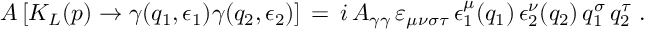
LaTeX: A \, [ K _ { L } ( p ) \rightarrow \gamma ( q _ { 1 } , \epsilon _ { 1 } ) \gamma ( q _ { 2 } , \epsilon _ { 2 } ) ] \, = \, i \, A _ { \gamma \gamma } \, \varepsilon _ { \mu \nu \sigma \tau } \, \epsilon _ { 1 } ^ { \mu } ( q _ { 1 } ) \, \epsilon _ { 2 } ^ { \nu } ( q _ { 2 } ) \, q _ { 1 } ^ { \sigma } \, q _ { 2 } ^ { \tau } \; .